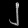
Digit: ၂